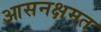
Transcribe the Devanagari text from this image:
आसनक्षमत